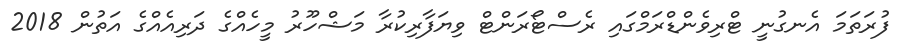
ފުރަތަމަ އެނގުނީ ޓްރިވެންޑްރަމްގައި ރެސްޓޯރަންޓް ވިޔަފާރިކުރާ މަޝްހޫރު މީހެއްގެ ދަރިއެއްގެ އަތުން 2018